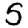
Digit: 5